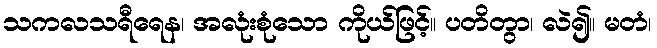
သကလသရီရေန၊ အလုံးစုံသော ကိုယ်ဖြင့်။ ပတိတွာ၊ လဲ၍။ မတံ၊